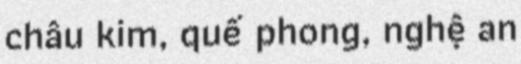
châu kim, quế phong, nghệ an